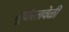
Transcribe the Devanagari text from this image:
सूर्यास्तावेळी